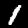
Label: 1